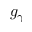
g _ { \gamma }